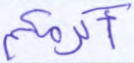
أكرمكم